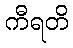
ကီရတိ